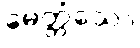
မေတ္တံသော